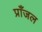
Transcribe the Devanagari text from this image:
प्राँजल